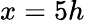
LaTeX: x=5h